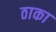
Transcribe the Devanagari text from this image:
ठाका